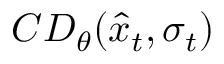
C D _ { \theta } ( \hat { x } _ { t } , \sigma _ { t } )